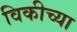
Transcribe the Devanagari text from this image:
विकीच्या